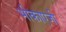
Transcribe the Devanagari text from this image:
भीकाएजी